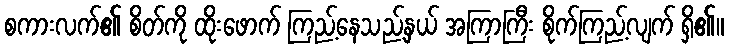
စကားလက်၏ စိတ်ကို ထိုးဖောက် ကြည့်နေသည့်နှယ် အကြာကြီး စိုက်ကြည့်လျက် ရှိ၏။